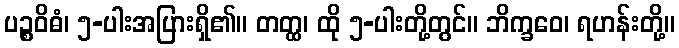
ပဉ္စဝိဓံ၊ ၅-ပါးအပြားရှိ၏။ တတ္ထ၊ ထို ၅-ပါးတို့တွင်။ ဘိက္ခဝေ၊ ရဟန်းတို့။